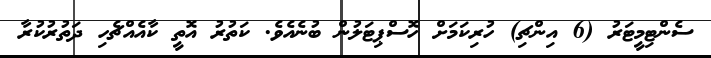
ސެންޓިމީޓަރު (6 އިންޗި) ހުރިކަމަށް ހޮސްޕިޓަލުން ބުނެއެވެ. ކަތުރު އޮތީ ކާއެއްޗެހި ދަތުރުކުރާ